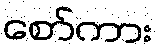
စော်ကား